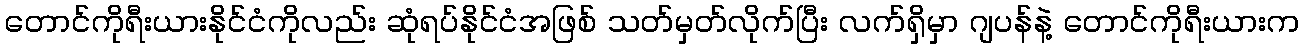
တောင်ကိုရီးယားနိုင်ငံကိုလည်း ဆုံရပ်နိုင်ငံအဖြစ် သတ်မှတ်လိုက်ပြီး လက်ရှိမှာ ဂျပန်နဲ့ တောင်ကိုရီးယားက